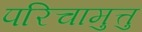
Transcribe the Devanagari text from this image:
परिचामुत्तु